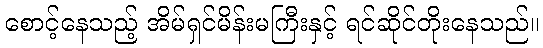
စောင့်နေသည့် အိမ်ရှင်မိန်းမကြီးနှင့် ရင်ဆိုင်တိုးနေသည်။